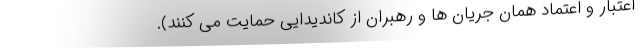
اعتبار و اعتماد همان جریان ها و رهبران از کاندیدایی حمایت می کنند).